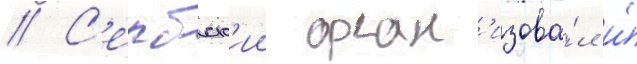
// С'ербск'ии орган'изова́л и́